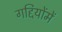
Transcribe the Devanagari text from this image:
गद्दियोंमें